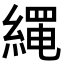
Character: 𦃰